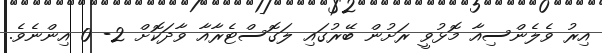
އިރު ވެލެންސިއާ މޮޅުވީ ރަށުން ބޭރުގައި ލަގޮސްޓެރާއާ ވާދަކޮށް 2- 0 އިންނެވެ.